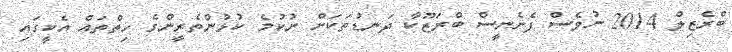
ބްރެޒިލް 2014 ނުވެސް ފެށެނީސް ބްރަޒޫކާ ދަނޑުތަކަށް ނުކުމެ ކުޅުންތެރީންގެ ހިތްތައް އެކީގައި